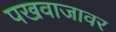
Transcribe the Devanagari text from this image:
पखवाजावर